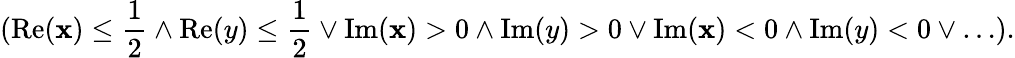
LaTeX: (\operatorname{Re}(\mathbf{x})\leq{\frac{{1}}{{2}}}\wedge\operatorname{Re}(y)\leq{\frac{{1}}{{2}}}\vee\operatorname{Im}(\mathbf{x})>0\wedge\operatorname{Im}(y)>0\vee\operatorname{Im}(\mathbf{x})<0\wedge\operatorname{Im}(y)<0\vee\ldots).